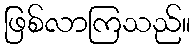
ဖြစ်လာကြသည်။